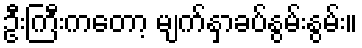
ဦးကြီးကတော့ မျက်နှာခပ်နွမ်းနွမ်း။